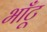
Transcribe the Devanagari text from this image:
भाँटू